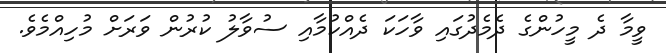
ވީމާ ދެ މީހުންގެ ދެމެދުގައި ވާހަކަ ދެއްކުމާއި ސުވާލު ކުރުން ވަރަށް މުހިއްމެވެ.